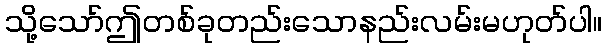
သို့သော်ဤတစ်ခုတည်းသောနည်းလမ်းမဟုတ်ပါ။